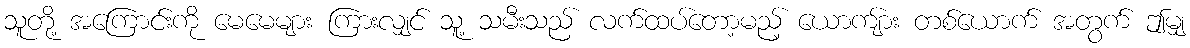
သူတို့ အကြောင်းကို မေမေများ ကြားလျှင် သူ့ သမီးသည် လက်ထပ်တော့မည့် ယောကျ်ား တစ်ယောက် အတွက် ဤမျှ